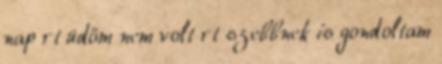
nap rt üdőm nem volt rt szebbnek is gondoltam